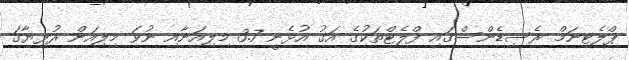
ޕްލެޓިނަމް ރެސިޑެންސްގައި ފްލެޓްތަކުގެ އަގު އުޅެނީ 3.7 މިލިއަނާއި ނުވަ މިލިއަން ރުފިޔާގަ